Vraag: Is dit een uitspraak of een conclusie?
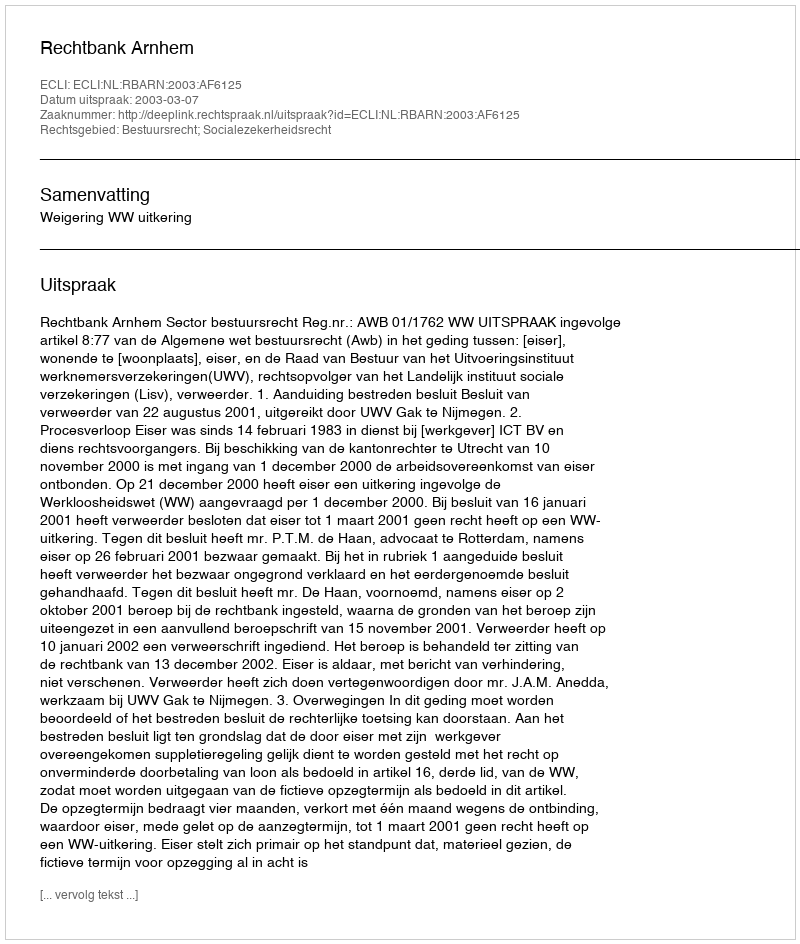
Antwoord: Uitspraak